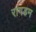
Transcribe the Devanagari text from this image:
रांगडम